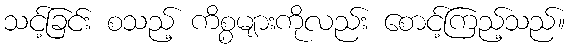
သင့်ခြင်း စသည့် ကိစ္စများကိုလည်း စောင့်ကြည့်သည်။